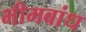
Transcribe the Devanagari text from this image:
भीमबांध